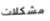
مشكلات